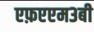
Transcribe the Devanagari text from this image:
एफ़एएम३बी